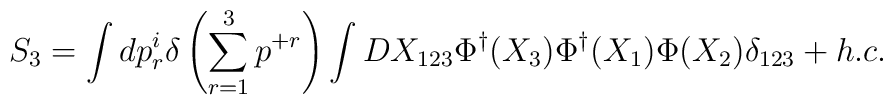
S_3=\int dp_r^i\delta\left(\sum_{r=1}^3 p^{+r}\right) \int DX_{123}\Phi^{\dagger}(X_3)\Phi^{\dagger}(X_1)\Phi(X_2) \delta_{123} + h.c.